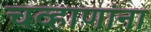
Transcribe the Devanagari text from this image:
चव्हाणांना